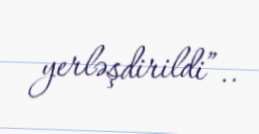
yerləşdirildi”..